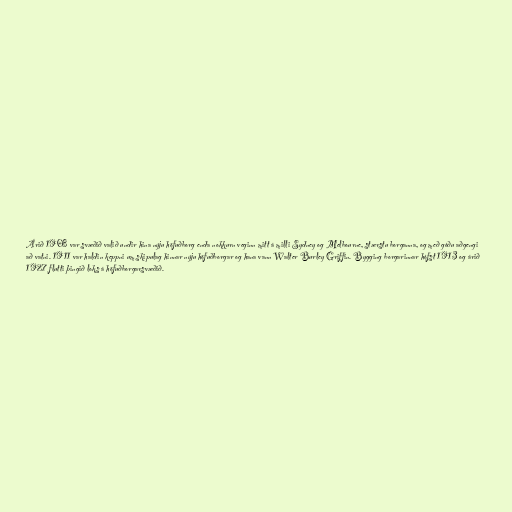
Árið 1908 var svæðið valið undir hina nýju höfuðborg enda nokkurn veginn mitt á milli Sydney og Melbourne, stærstu borganna, og með góðu aðgengi
að vatni. 1911 var haldin keppni um skipulag hinnar nýju höfuðborgar og hana vann Walter Burley Griffin. Bygging borgarinnar hófst 1913 og árið
1927 flutti þingið loks á höfuðborgarsvæðið.